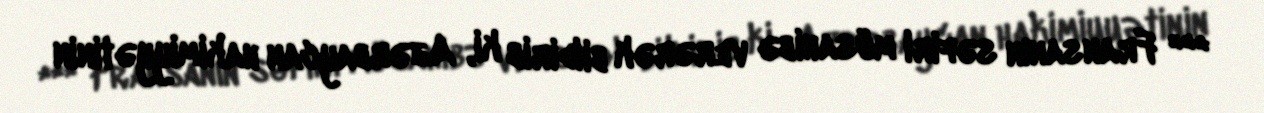
*** Fransanın səfiri müsahibə verərək bildirib ki, Azərbaycan hakimiyyətinin